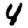
Digit: 4